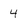
Character: 4